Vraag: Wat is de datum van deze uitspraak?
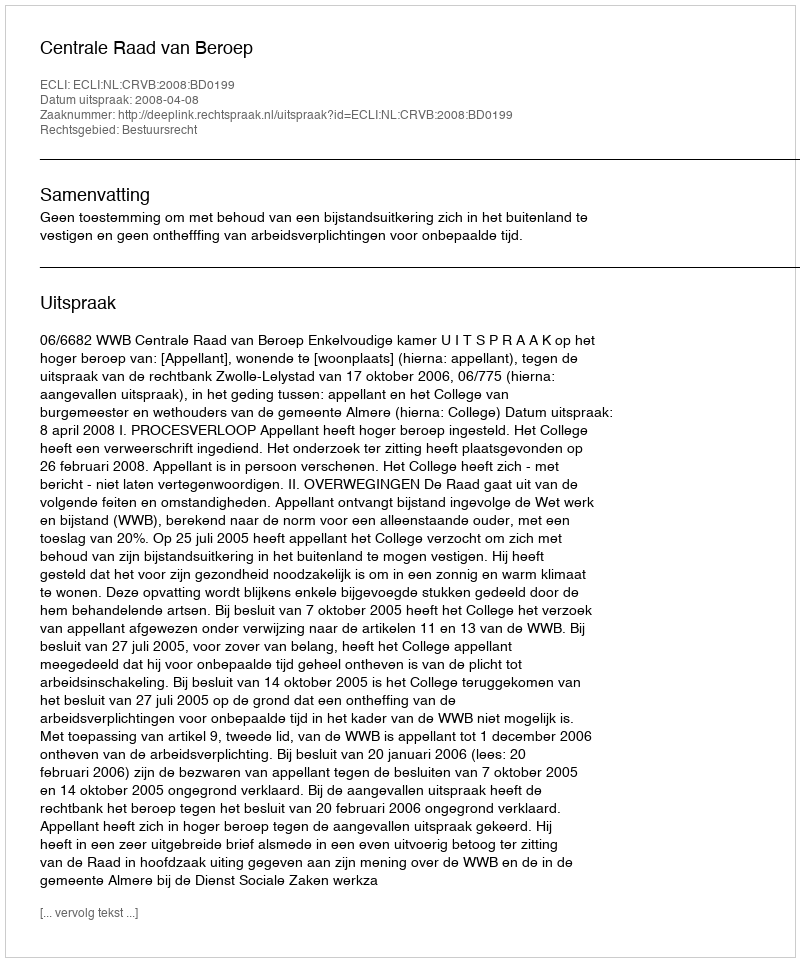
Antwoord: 2008-04-08